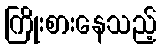
ကြိုးစားနေသည့်